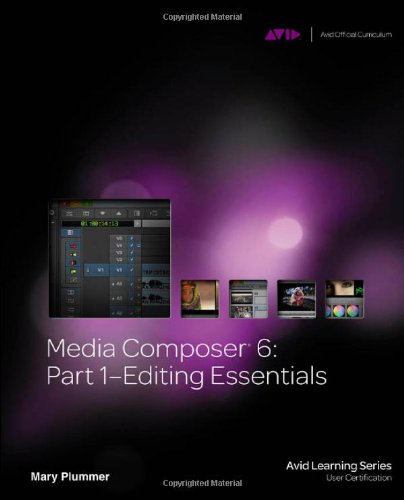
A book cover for Media Composer 6: Part 1 - Editing Essentials (Avid Learning); Mary Plummer; Computers & Technology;